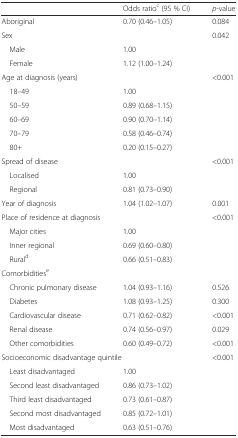
<table><thead><tr><td></td><td><b>Odds ratio<sup>c</sup> (95 % CI)</b></td><td><b><i>p</i>-value</b></td></tr></thead><tbody><tr><td>Aboriginal</td><td>0.70 (0.46–1.05)</td><td>0.084</td></tr><tr><td>Sex</td><td></td><td>0.042</td></tr><tr><td> Male</td><td>1.00</td><td></td></tr><tr><td> Female</td><td>1.12 (1.00–1.24)</td><td></td></tr><tr><td>Age at diagnosis (years)</td><td></td><td>&lt;0.001</td></tr><tr><td> 18–49</td><td>1.00</td><td></td></tr><tr><td> 50–59</td><td>0.89 (0.68–1.15)</td><td></td></tr><tr><td> 60–69</td><td>0.90 (0.70–1.14)</td><td></td></tr><tr><td> 70–79</td><td>0.58 (0.46–0.74)</td><td></td></tr><tr><td> 80+</td><td>0.20 (0.15–0.27)</td><td></td></tr><tr><td>Spread of disease</td><td></td><td>&lt;0.001</td></tr><tr><td> Localised</td><td>1.00</td><td></td></tr><tr><td> Regional</td><td>0.81 (0.73–0.90)</td><td></td></tr><tr><td>Year of diagnosis</td><td>1.04 (1.02–1.07)</td><td>0.001</td></tr><tr><td>Place of residence at diagnosis</td><td></td><td>&lt;0.001</td></tr><tr><td> Major cities</td><td>1.00</td><td></td></tr><tr><td> Inner regional</td><td>0.69 (0.60–0.80)</td><td></td></tr><tr><td> Rural<sup>d</sup></td><td>0.66 (0.51–0.83)</td><td></td></tr><tr><td>Comorbidities<sup>e</sup></td><td></td><td></td></tr><tr><td> Chronic pulmonary disease</td><td>1.04 (0.93–1.16)</td><td>0.526</td></tr><tr><td> Diabetes</td><td>1.08 (0.93–1.25)</td><td>0.300</td></tr><tr><td> Cardiovascular disease</td><td>0.71 (0.62–0.82)</td><td>&lt;0.001</td></tr><tr><td> Renal disease</td><td>0.74 (0.56–0.97)</td><td>0.029</td></tr><tr><td> Other comorbidities</td><td>0.60 (0.49–0.72)</td><td>&lt;0.001</td></tr><tr><td colspan="2">Socioeconomic disadvantage quintile</td><td>&lt;0.001</td></tr><tr><td> Least disadvantaged</td><td>1.00</td><td></td></tr><tr><td> Second least disadvantaged</td><td>0.86 (0.73–1.02)</td><td></td></tr><tr><td> Third least disadvantaged</td><td>0.73 (0.61–0.87)</td><td></td></tr><tr><td> Second most disadvantaged</td><td>0.85 (0.72–1.01)</td><td></td></tr><tr><td> Most disadvantaged</td><td>0.63 (0.51–0.76)</td><td></td></tr></tbody></table>